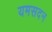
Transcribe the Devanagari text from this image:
यमसदन